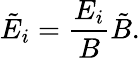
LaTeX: \tilde{E}_{i}=\frac{E_{i}}{B}\tilde{B}.